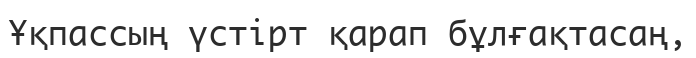
Ұқпассың үстірт қарап бұлғақтасаң,